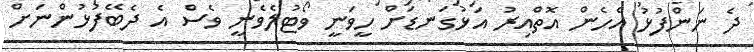
ދެ ނަންފުޅު އެހެން އޮތްއިރު އަޅުގަނޑަށް ހީވަނީ ވޯޓުލެވެނީ ވެސް އެ ދެބޭފުޅުންނަށް